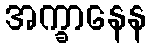
အက္ခာနေန